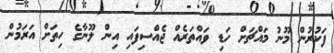
ފަކުރުން މޫނު މައްޗަށް ހަޑި ވައްތަރެއް ޖެއްސިފައި އިން ލޫނާގެ ހިތަށް އަރަމުން